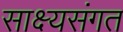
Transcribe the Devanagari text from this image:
साक्ष्यसंगत